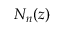
N _ { n } ( z )